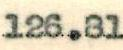
126.81